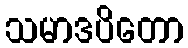
သမာဒပိတော